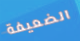
الضعيفة